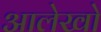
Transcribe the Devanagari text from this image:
आलेखो